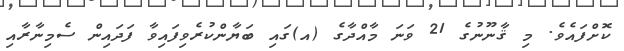
ކޮށްފައެވެ. މި ޤާނޫނުގެ 21 ވަނަ މާއްދާގެ (އ)ގައި ބަޔާންކުރެވިފައިވާ ފަދައިން ސެމިނާރާއި